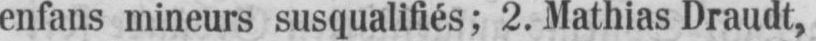
enfans mineurs susqualifiés; 2. Mathias Draudt,